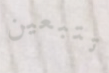
تتبعين